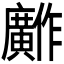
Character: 𫸋